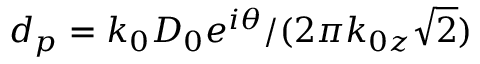
d _ { p } = k _ { 0 } D _ { 0 } e ^ { i \theta } / ( 2 \pi k _ { 0 z } \sqrt { 2 } )